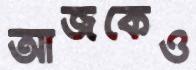
আজকেও